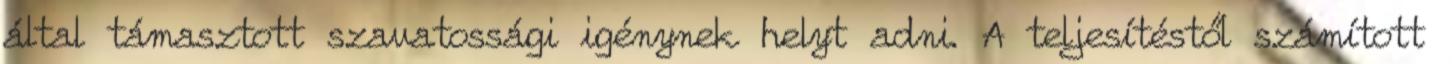
által támasztott szavatossági igénynek helyt adni. A teljesítéstől számított